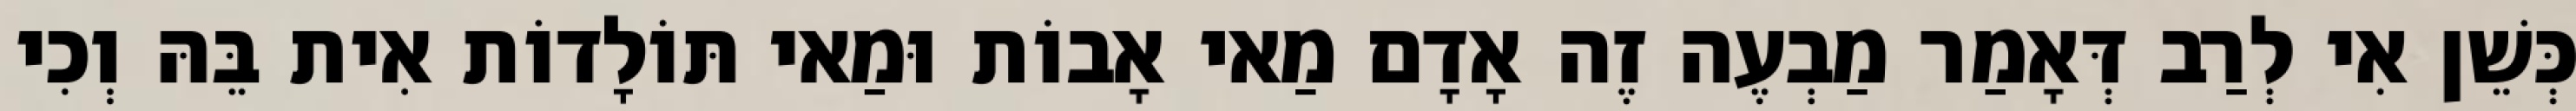
כְּשֵׁן אִי לְרַב דְּאָמַר מַבְעֶה זֶה אָדָם מַאי אָבוֹת וּמַאי תּוֹלָדוֹת אִית בֵּהּ וְכִי